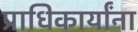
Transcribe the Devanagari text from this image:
प्राधिकार्यांना